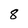
Character: 8